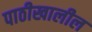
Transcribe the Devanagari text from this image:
पाठीखालील